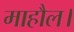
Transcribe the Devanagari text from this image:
माहौल।